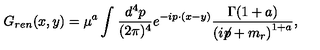
G _ { r e n } ( x , y ) = \mu ^ { a } \int _ { } ^ { } \frac { d ^ { 4 } p } { ( 2 \pi ) ^ { 4 } } e ^ { - i p \cdot ( x - y ) } \frac { \Gamma ( 1 + a ) } { \left( i \! \! \not \! p + m _ { r } \right) ^ { 1 + a } } ,